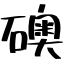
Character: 礇